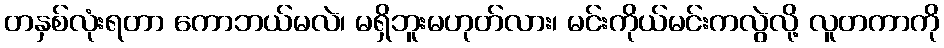
တနှစ်လုံးရတာ ကောဘယ်မလဲ၊ မရှိဘူးမဟုတ်လား၊ မင်းကိုယ်မင်းကလွဲလို့ လူတကာကို